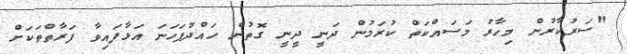
"ސަރުކާރުން މިހާރު މަސައްކަތް ކުރަމުން ދަނީ ދީނީ ގޮތުން ހައްދުފަހަނަ އަޅާފައިވާ ފަރާތްތަކަށް